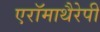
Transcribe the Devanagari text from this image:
एरॉमाथैरेपी